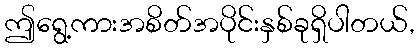
ဤရွေ့ကားအစိတ်အပိုင်းနှစ်ခုရှိပါတယ်,